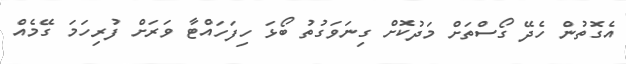
އެގޮތުން ހެދޭ ގޯސްތަށް މަދުކޮށް ގިނަވަގުތު ބޯޅަ ހިފަހައްޓާ ވަރަށް ފުރިހަމަ ގޭމެއް